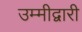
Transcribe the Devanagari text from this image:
उम्मीद्वारी